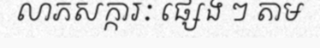
លាភសក្ការៈ ផ្សេង ៗ តាម